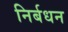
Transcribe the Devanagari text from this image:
निर्बधन